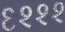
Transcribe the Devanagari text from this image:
६२२२